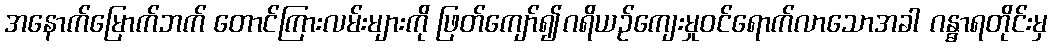
အနောက်မြောက်ဘက် တောင်ကြားလမ်းများကို ဖြတ်ကျော်၍ဂရိယဉ်ကျေးမှုဝင်ရောက်လာသောအခါ ဂန္ဓာရတိုင်းမှ